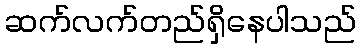
ဆက်လက်တည်ရှိနေပါသည်